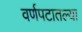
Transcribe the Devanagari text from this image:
वर्णपटातल्या